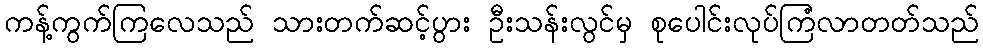
ကန့်ကွက်ကြလေသည် သားတက်ဆင့်ပွား ဦးသန်းလွင်မှ စုပေါင်းလုပ်ကြံလာတတ်သည်